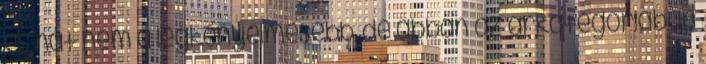
és hát nem a legkényelmesebb, de abban az árkategóriában